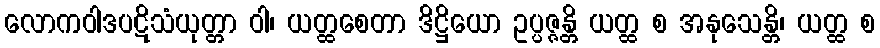
လောကဝါဒပဋိသံယုတ္တာ ဝါ၊ ယတ္ထစေတာ ဒိဋ္ဌိယော ဥပ္ပဇ္ဇန္တိ ယတ္ထ စ အနုသေန္တိ၊ ယတ္ထ စ